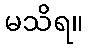
မသိရ။